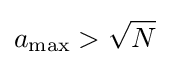
a_{\mathrm {max} }>{\sqrt {N}}